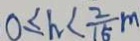
0 \leq h < \frac { 2 } { 1 5 } m